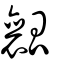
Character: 瓤